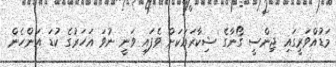
މަޑުއްވަރީގައި ޖިންސީ ގޯނާގެ ޝިކާރައަކަށް ވެފައި ވަނީ ނުވަ އަހަރުގެ ކުޑަ އަންހެން